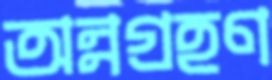
অন্নগ্রহণ